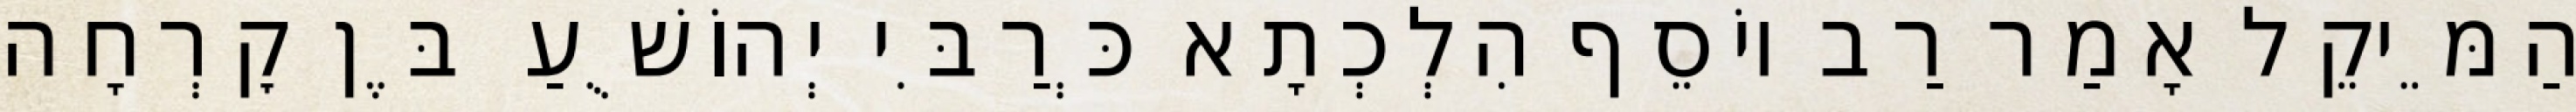
הַמֵּיקֵל אָמַר רַב יוֹסֵף הִלְכְתָא כְּרַבִּי יְהוֹשֻׁעַ בֶּן קׇרְחָה